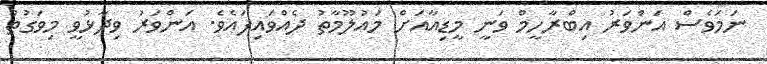
ނަމަވެސް އަންވަރު އިބްރާހީމް ވަނީ މީޑިއާއަށް މައުލޫމާތު ދެއްވައިފައެވެ. އަންވަރު ވިދާޅުވީ މިވަގުތު